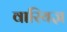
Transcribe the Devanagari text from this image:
वारियज्ञ